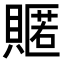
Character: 𮚟